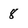
Character: 8